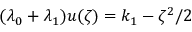
( \lambda _ { 0 } + \lambda _ { 1 } ) u ( \zeta ) = k _ { 1 } - \zeta ^ { 2 } / 2